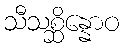
သီသစ္ဆိန္နောဝ